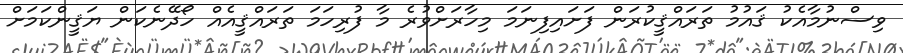
ވިސްނުމާއެކު ޤައުމު ތަރައްޤީކުރަން ފަށައިފިނަމަ މިހާރަށްވުރެ މާ ފުރިހަމަ ތަރައްޤީއެއް ހޯދޭނެކަން ޔަޤީންކަމަށް